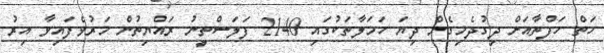
ހަތް ހަފްތާއަށް ދިގުދެމިގެން ދިޔަ ހަމަލާތަކުގައި 2140 ފަލަސްތީނު ރައްޔިތުން މަރުވެފައިވާ އިރު